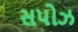
સપોઝ